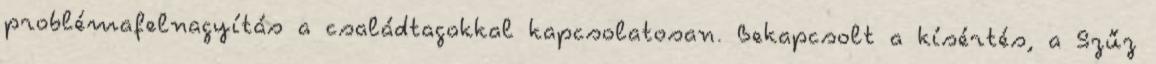
problémafelnagyítás a családtagokkal kapcsolatosan. Bekapcsolt a kísértés, a Szűz